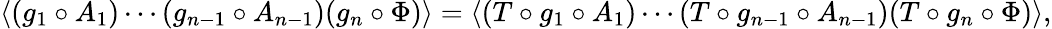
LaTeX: \langle(g_{1}\circ A_{1})\cdots(g_{n-1}\circ A_{n-1})(g_{n}\circ\Phi)\rangle=\langle(T\circ g_{1}\circ A_{1})\cdots(T\circ g_{n-1}\circ A_{n-1})(T\circ g_{n}\circ\Phi)\rangle,